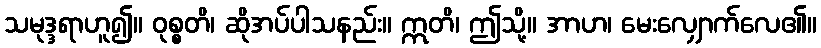
သမုဒ္ဒရာဟူ၍။ ဝုစ္စတိ၊ ဆိုအပ်ပါသနည်း။ ဣတိ၊ ဤသို့။ အာဟ၊ မေးလျှောက်လေ၏။